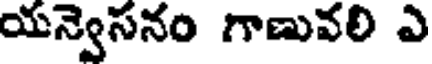
యన్వెసనం గాణువలి ఎ